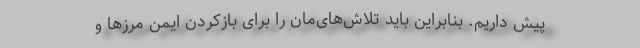
پیش داریم. بنابراین باید تلاش‌های‌مان را برای بازکردن ایمن مرزها و